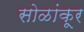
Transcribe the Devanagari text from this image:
सोळांकूर